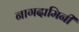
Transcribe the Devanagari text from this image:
नागदामिनी